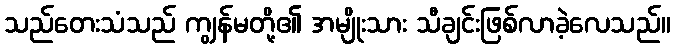
သည်တေးသံသည် ကျွန်မတို့၏ အမျိုးသား သီချင်းဖြစ်လာခဲ့လေသည်။